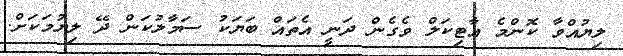
ލިޔުއްވާ ކޮންމެ އާޓިކަލް ވެގެން ދަނީ އެތައް ބަޔަކު ސަމާލުކަން ދޭ ލިޔުމަކަށް.